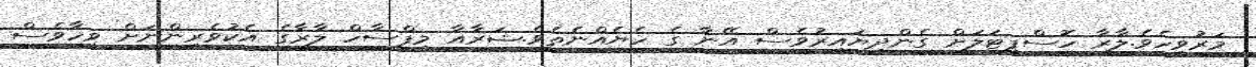
މަރުވީހެވެ.ލާރާ ހޮސްޕިޓަލަށް ގެންދިޔައިރުވެސް އޭނާ ގެ ހެޔެއްނެތެވެ.ޝަރާއާ މިފްސާހް ލާރާގެ އެކުވެރިންނަށް ވީހާވެސް